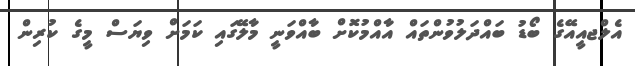
އެލްޖއީއޭގެ ބޯޑު ބައްދަލުވުންތައް އާއްމުކޮށް ބާއްވަނީ މާލޭގައި ކަމަށް ވިޔަސް މީގެ ކުރިން